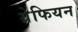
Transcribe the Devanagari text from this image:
ग्रेफियन